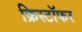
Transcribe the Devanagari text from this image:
क्रिस्टॉफर